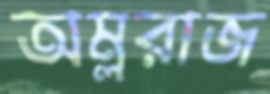
অম্লরাজ